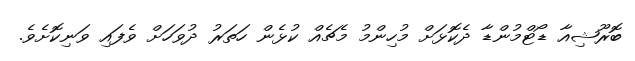
ބޮރޫޝިއާ ޑޯޓްމުންޑާ ދެކޮޅަށް މުހިންމު މެޗެއް ކުޅެން ހަތަރު ދުވަހަށް ވެފައި ވަނިކޮށެވެ.